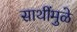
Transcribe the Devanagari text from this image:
साथींमुळे